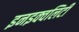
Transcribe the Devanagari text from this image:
इनइक्वलिटी